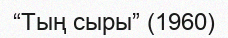
“Тың сыры” (1960)